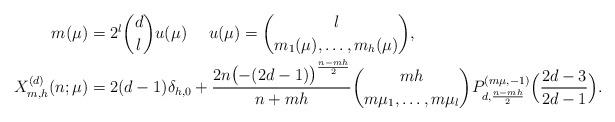
LaTeX: \begin{align*} m(\mu)&=2^{l}\binom{d}{l}u(\mu) \ \ \ \ u(\mu)=\binom{l}{m_1(\mu),\ldots,m_h(\mu)}, \\ X^{(d)}_{m,h}(n;\mu)&=2(d-1)\delta_{h,0}+\frac{2n\bigl(-(2d-1)\bigr)^{\frac{n-mh}{2}}}{n+mh}\binom{mh}{m\mu_1,\ldots,m\mu_l}P^{(m\mu,-1)}_{d,\frac{n-mh}{2}}\Bigl(\frac{2d-3}{2d-1}\Bigr).\end{align*}